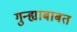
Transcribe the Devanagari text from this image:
गुन्ह्याबाबत